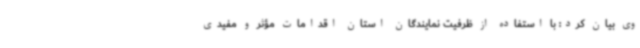
وی بیان کرد: با استفاده از ظرفیت نمایندگان استان اقدامات مؤثر و مفیدی